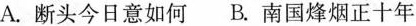
A.断头今日意如何B.南国烽烟正十年